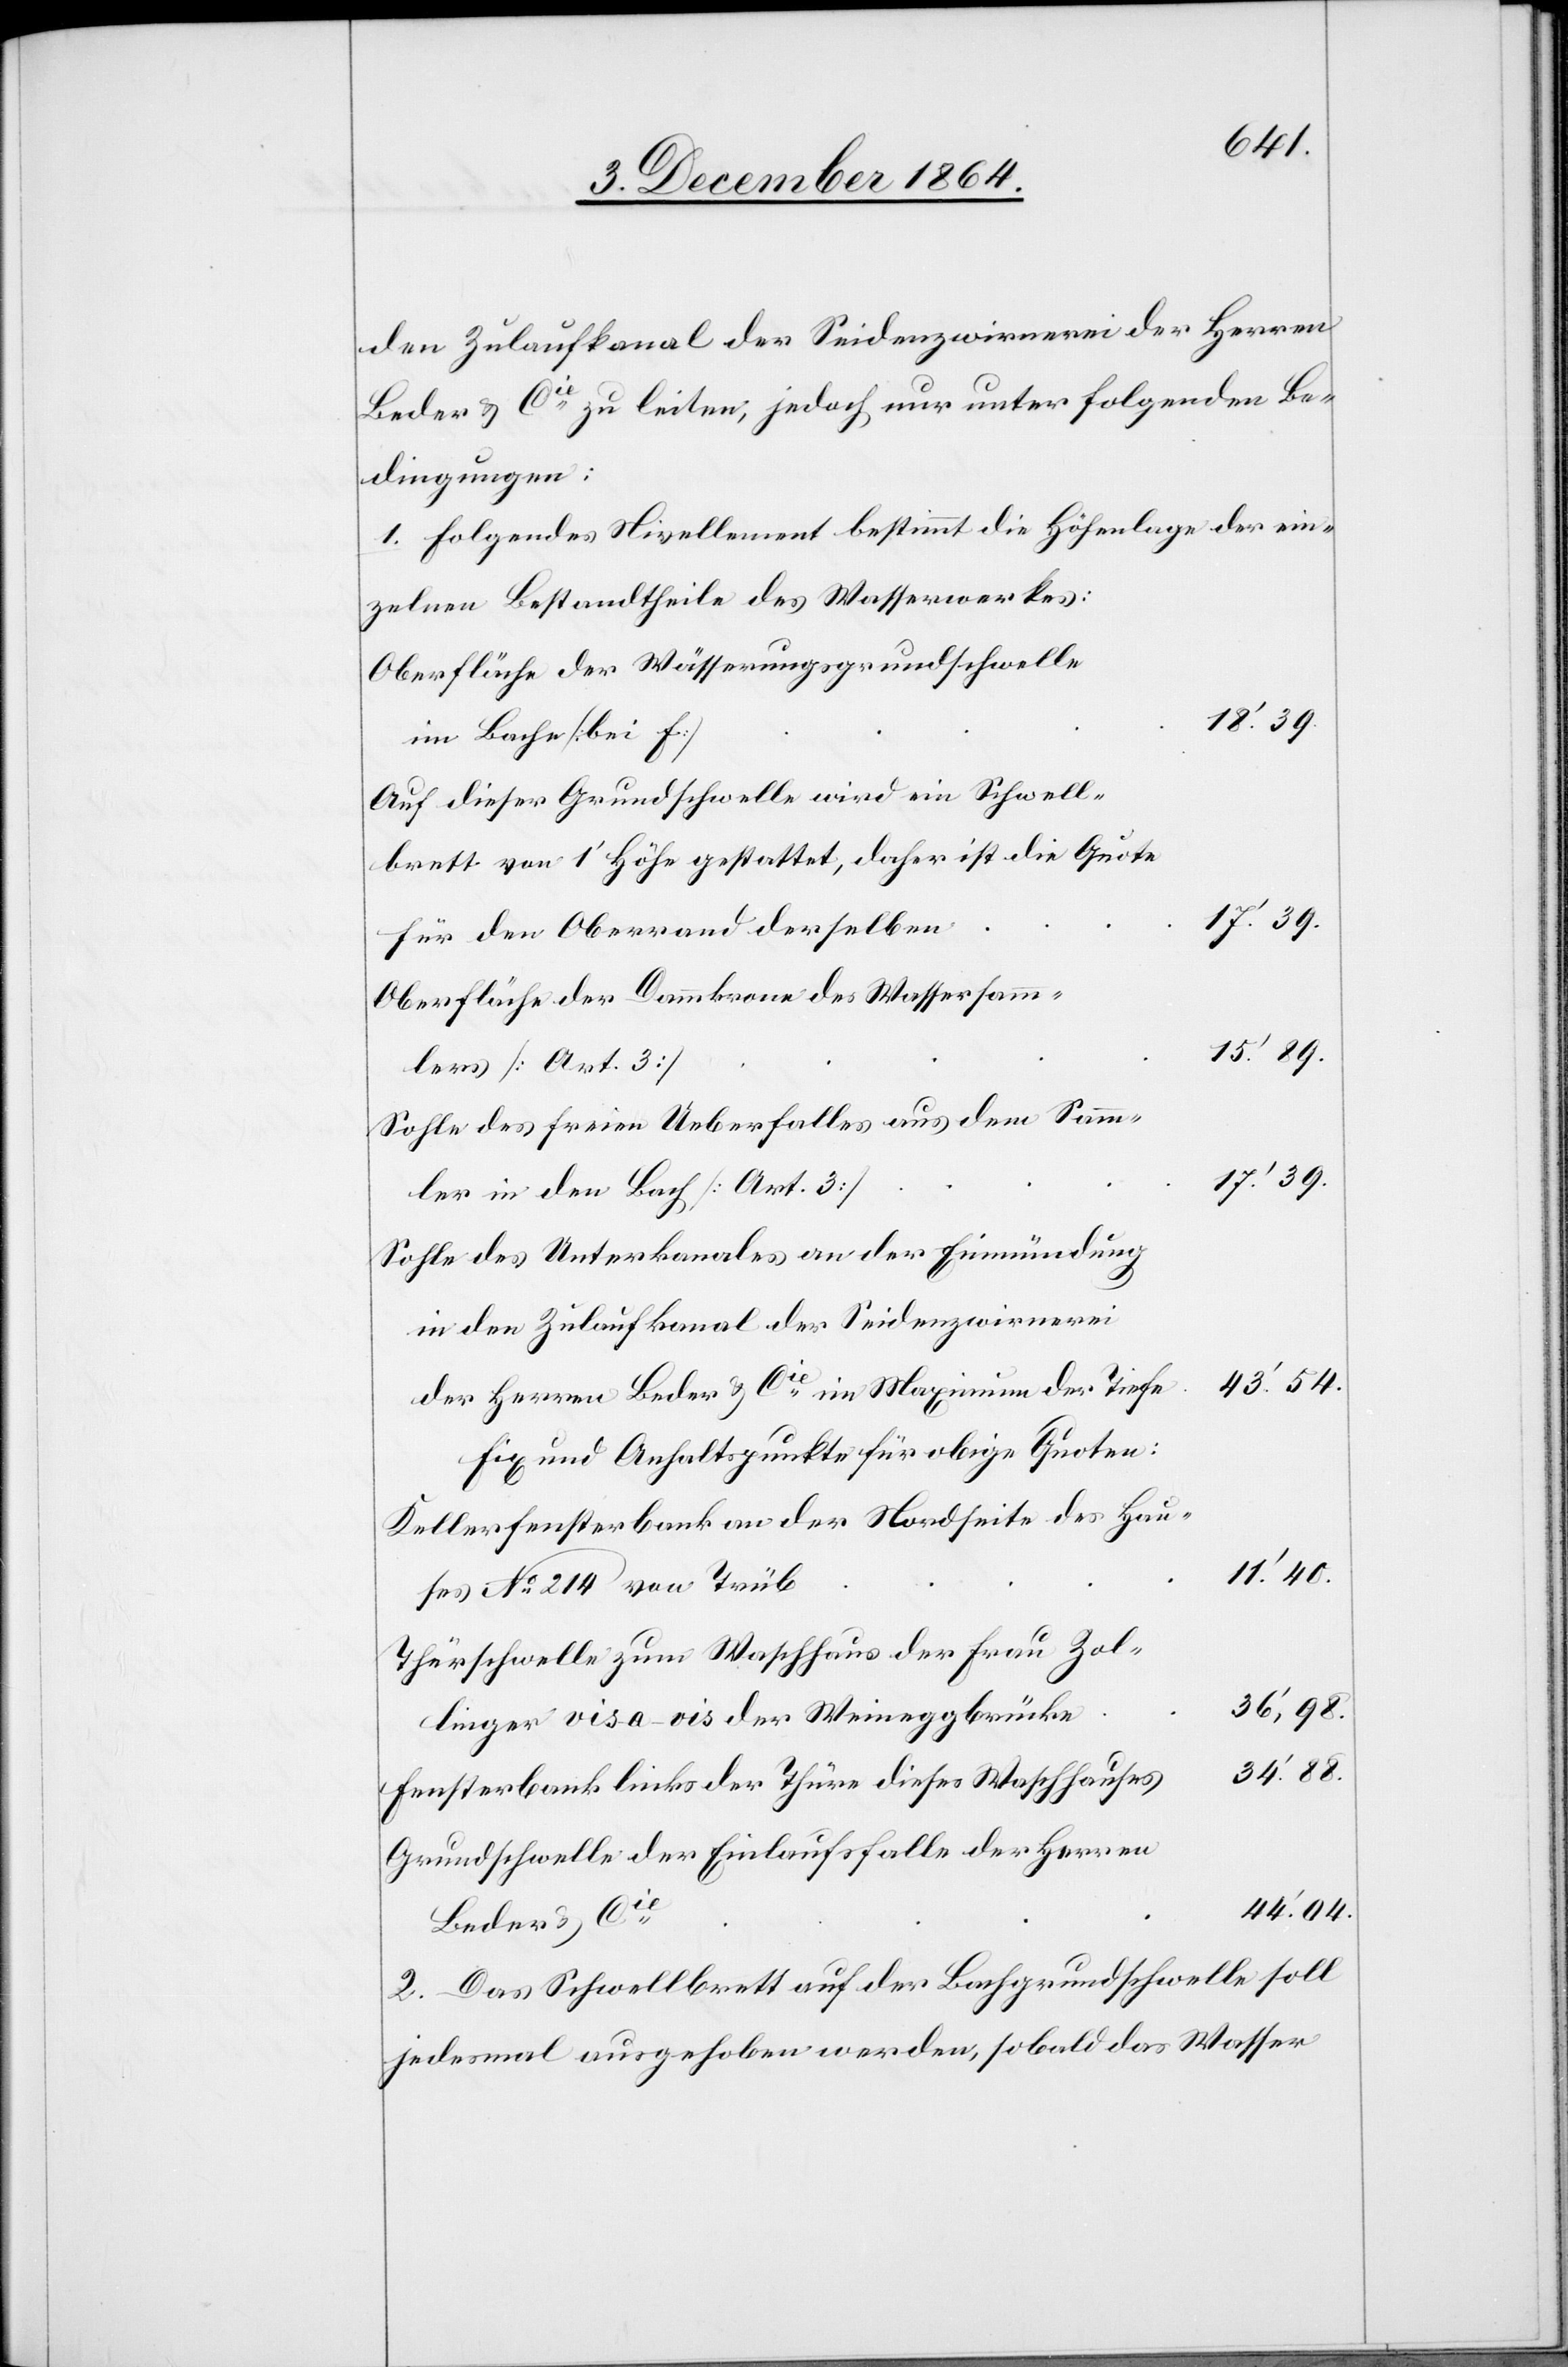
den Zulaufkanal der Seidenzwirnerei der Herren
Beder & Cie zu leiten, jedoch nur unter folgenden Be¬
dingungen:
1. Folgendes Nivellement bestimmt die Höhenlage der ein¬
zelnen Bestandtheile des Wasserwerkes:
Oberfläche der Wässerungsgrundschwelle
18.’ 39.
im Bache [bei f]
Auf dieser Grundschwelle wird ein Schwell¬
brett von 1’ Höhe gestattet, daher ist die Quote
für den Oberrand derselben
Oberfläche der Dammkrone des Wassersamm¬
15.’ 89.
lers [Art. 3]
Sohle des freien Ueberfalles aus dem Samm¬
17.’ 39.
ler in den Bach [Art. 3]
Sohle des Unterkanales an der Einmündung
44.’ 04.
Beder & Cie
2. Das Schwellbrett auf der Bachgrundschwelle soll
jedesmal ausgehoben werden, sobald das Wasser